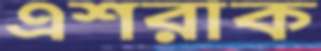
এশরাক